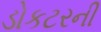
ડોકટરની